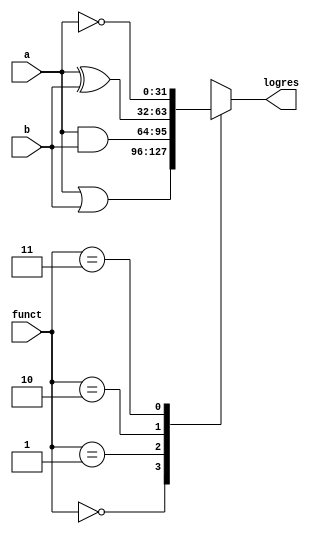
module logical(input[31:0]a,b,input[1:0]funct,output reg[31:0]logres);
always@(*)
begin
case(funct[1:0])
2'b00:logres=(a|b);
2'b01:logres=(a&b);
2'b10:logres=(a^b);
2'b11:logres=(~a);
endcase
end
endmodule